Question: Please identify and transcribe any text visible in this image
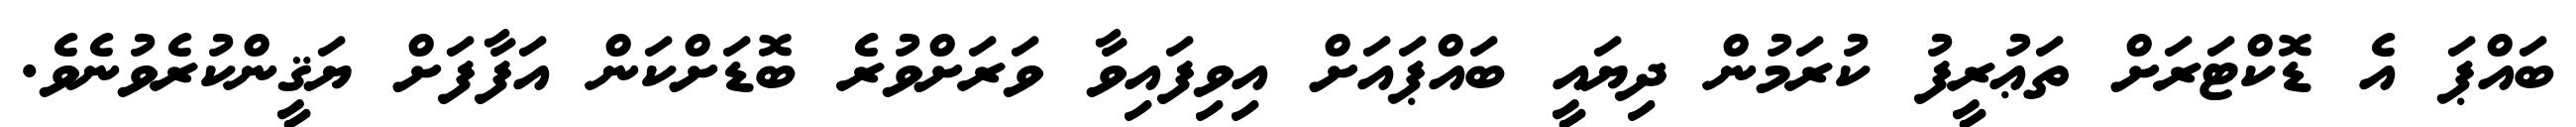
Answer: ބައްޕަ އެ ޑޮކްޓަރަށް ތަޢުރީފު ކުރަމުން ދިޔައީ ބައްޕައަށް އިވިފައިވާ ވަރަށްވުރެ ބޮޑަށްކަން އަފާފަށް ޔަޤީންކުރެވުނެވެ.